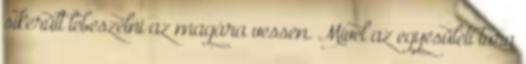
sikerült lebeszélni az magára vessen. Mivel az egyesületi túra